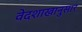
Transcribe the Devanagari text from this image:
वेदशाखानुसार